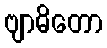
ဗျာဓိတော